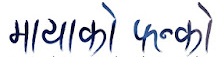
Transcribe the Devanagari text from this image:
मायाको फन्को